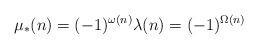
LaTeX: \begin{align*}\mu_{*}(n)=(-1)^{\omega(n)} \lambda(n)=(-1)^{\Omega(n)}\end{align*}